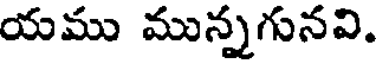
యము మున్నగునవి.